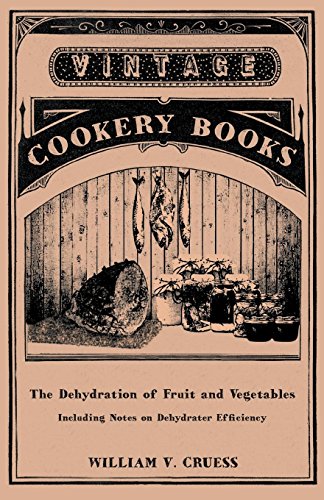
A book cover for The Dehydration of Fruit and Vegetables - Including Notes on Dehydrater Efficiency; William V. Cruess; Cookbooks, Food & Wine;